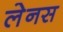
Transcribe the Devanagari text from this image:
लेनस